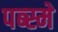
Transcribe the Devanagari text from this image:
पब्स्मे